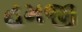
હમજી